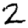
Digit: 2